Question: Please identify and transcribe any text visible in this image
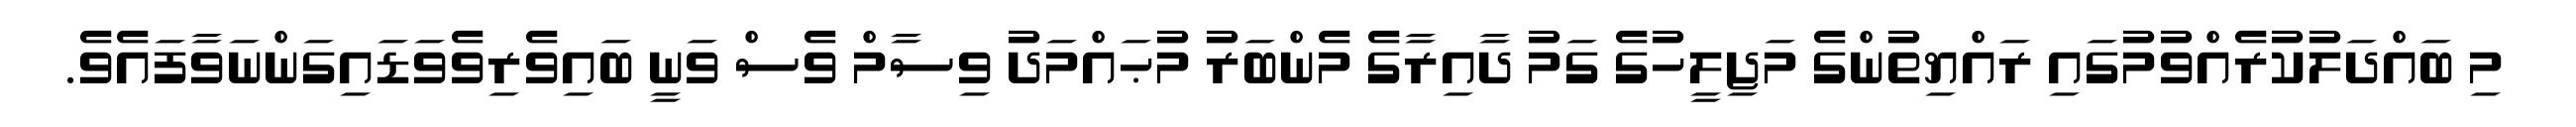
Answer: މި ބައްދަލުކުރެއްވުމުގައި ރައްޔިތުންގެ މަޖިލީހުގެ ގަމު ދާއިރާގެ މެންބަރު މުޙައްމަދު ވިސާމް ވެސް ވަނީ ބައިވެރިވެވަޑައިގަންނަވާފައެވެ.